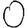
Digit: 0